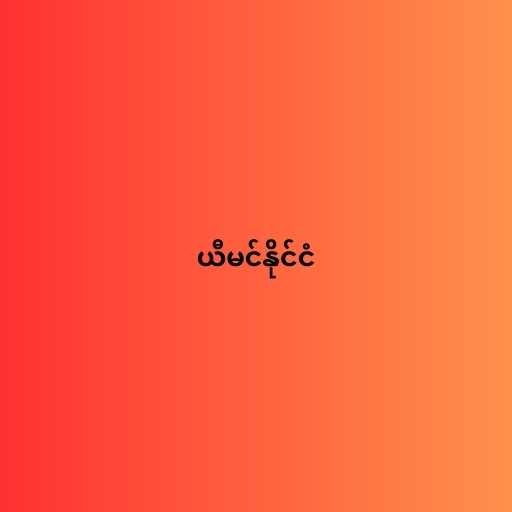
ယီမင်နိုင်ငံ